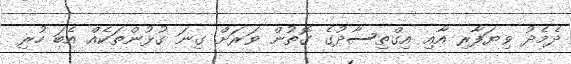
ދެމެދު ވިޔަފާރި އާއި އިގްތިސާދުގެ ގޮތުން ވަރަށް ގިނަ ގުޅުންތަކެއް އެބަ ހުރި